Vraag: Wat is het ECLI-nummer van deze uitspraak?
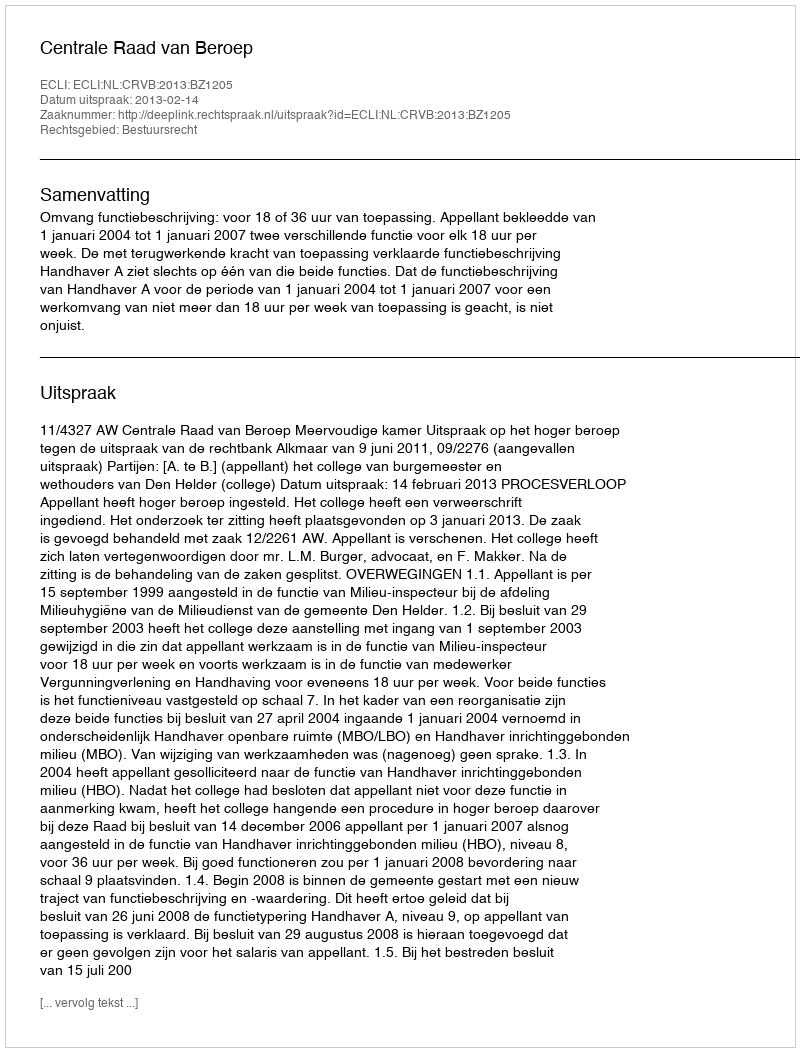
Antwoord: ECLI:NL:CRVB:2013:BZ1205